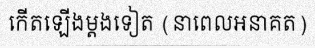
កើតឡើងម្តងទៀត (នាពេលអនាគត)